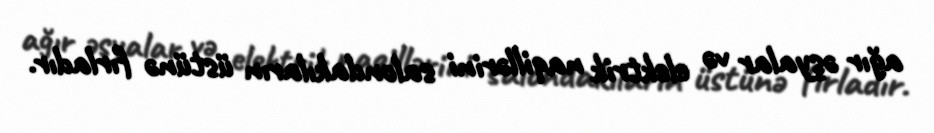
ağır əşyalar və elektrik naqillərini salondakıların üstünə fırladır.